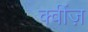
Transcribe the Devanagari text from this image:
क्वींज़